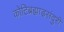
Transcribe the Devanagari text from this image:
कोटिब्रह्माडसंदुरी